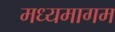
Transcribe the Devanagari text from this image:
मध्यमागम